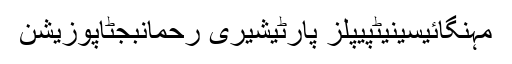
مہنگائیسینیٹپیپلز پارٹیشیری رحمانبجٹاپوزیشن